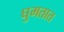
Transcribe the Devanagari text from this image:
घुमतात